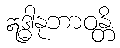
ဣဒ္ဓါနုဘာဝန္တိ